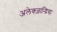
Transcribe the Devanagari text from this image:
अलेक्ज़ान्द्रिया